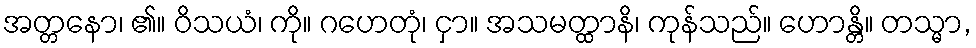
အတ္တနော၊ ၏။ ဝိသယံ၊ ကို။ ဂဟေတုံ၊ ငှာ။ အသမတ္ထာနိ၊ ကုန်သည်။ ဟောန္တိ။ တသ္မာ,